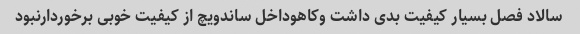
سالاد فصل بسیار کیفیت بدی داشت وکاهوداخل ساندویچ از کیفیت خوبی برخوردارنبود